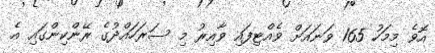
އޮވެ މިމަހު 165 ވަނައަށް ވެއްޓިފައި ވާއިރު މި ސަރަހައްދުގެ ރޭންކިންގައި އެ